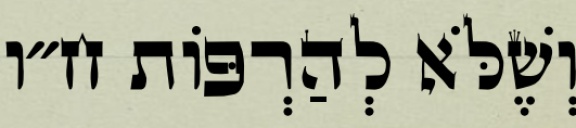
וְשֶׁלֹּא לְהַרְפּוֹת ח״ו